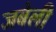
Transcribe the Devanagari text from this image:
जबेली